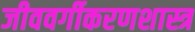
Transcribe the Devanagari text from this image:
जीववर्गीकरणशास्त्र